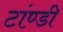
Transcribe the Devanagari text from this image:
टांण्डी